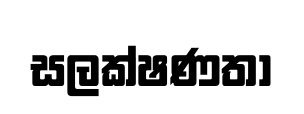
සලක්ෂණතා